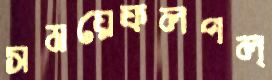
সময়েফলপল্